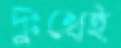
দুঃখেই